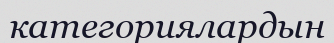
категориялардын